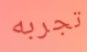
تجربه